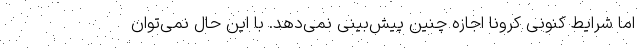
اما شرایط کنونی کرونا اجازه چنین پیش‌بینی نمی‌دهد. با این حال نمی‌توان